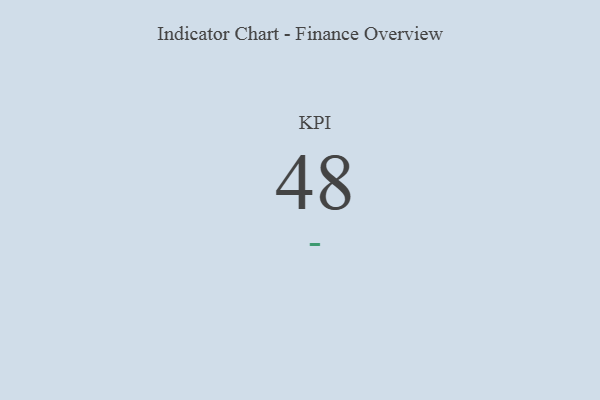
{"axis": {"x": "KPI", "y": "Value"}, "legend": [""], "data": [{"x": "KPI", "y": 48, "type": ""}]}